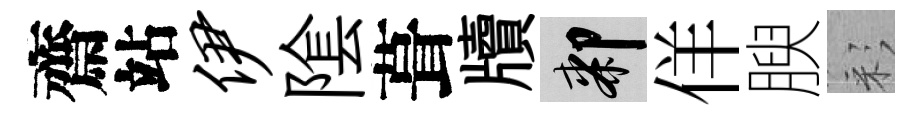
齋站伊隂葺牘膝佯腴彩